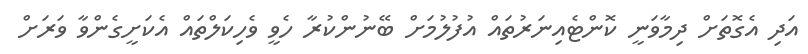
އަދި އެގޮތަށް ދިމާވަނީ ކޮންޓެއިނަރުތައް އުފުލުމަށް ބޭނުންކުރާ ހެވީ ވެހިކަލްތައް އެކަށީގެންވާ ވަރަށް